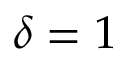
\delta = 1